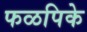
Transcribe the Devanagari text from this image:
फळपिके